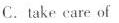
C. take care of